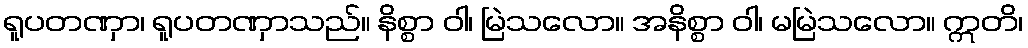
ရူပတဏှာ၊ ရူပတဏှာသည်။ နိစ္စာ ဝါ၊ မြဲသလော။ အနိစ္စာ ဝါ၊ မမြဲသလော။ ဣတိ၊